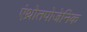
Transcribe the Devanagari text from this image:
एंथ्रोतपोजेनिक